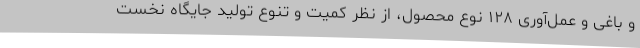
و باغی و عمل‌آوری ۱۲۸ نوع محصول، از نظر کمیت و تنوع تولید جایگاه نخست